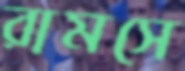
রামসে